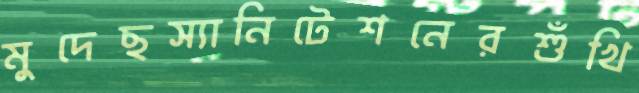
মুদেছস্যানিটেশনেরশুঁখি